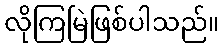
လိုကြမြဲဖြစ်ပါသည်။